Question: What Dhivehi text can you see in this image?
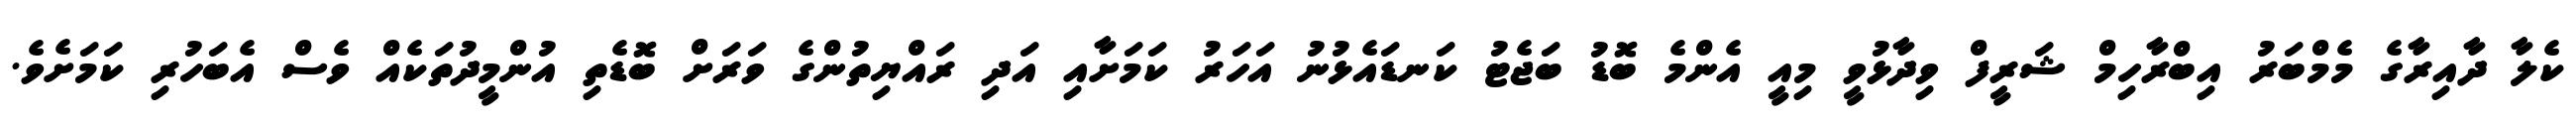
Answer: ކެލާ ދާއިރާގެ މެމްބަރު އިބްރާހިމް ޝަރީފް ވިދާޅުވީ މިއީ އެންމެ ބޮޑު ބަޖެޓު ކަނޑައެޅުނު އަހަރު ކަމަށާއި އަދި ރައްޔިތުންގެ ވަރަށް ބޮޑެތި އުންމީދުތަކެއް ވެސް އެބަހުރި ކަމަށެވެ.